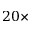
2 0 \times